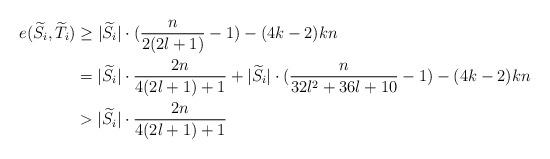
LaTeX: \begin{align*}e(\widetilde{S_i},\widetilde{T_i})&\geq |\widetilde{S_i}|\cdot (\frac{n}{2(2l+1)}-1)-(4k-2)kn\\&= |\widetilde{S_i}|\cdot \frac{2n}{4(2l+1)+1}+|\widetilde{S_i}|\cdot (\frac{n}{32l^2+36l+10}-1)-(4k-2)kn\\&>|\widetilde{S_i}|\cdot \frac{2n}{4(2l+1)+1}\end{align*}